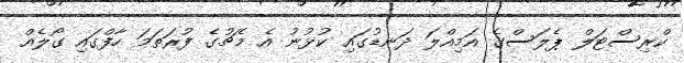
ކްރިސްޓަލް ޕެލަސްގެ އަމިއްލަ ދަނޑުގައި ކުޅުނު އެ މެޗުގެ ފުރަތަމަ ހާފްގައި ގޯލެއް